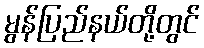
မွန်ပြည်နယ်တို့တွင်